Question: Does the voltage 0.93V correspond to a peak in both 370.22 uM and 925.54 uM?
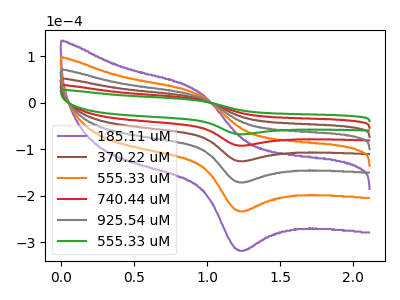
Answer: <think>The purple curve "185.11 uM" has an anodic peak at (0.95V, 39.15uA) and a cathodic peak at (1.20V, -457.20uA). The brown curve "370.22 uM" has an anodic peak at (0.95V, 15.65uA) and a cathodic peak at (1.20V, -182.90uA). The orange curve "555.33 uM" has an anodic peak at (0.95V, 31.30uA) and a cathodic peak at (1.20V, -365.75uA). The red curve "740.44 uM" has an anodic peak at (0.95V, 7.85uA) and a cathodic peak at (1.20V, -91.45uA). The gray curve "925.54 uM" has an anodic peak at (0.95V, 23.50uA) and a cathodic peak at (1.20V, -274.30uA). The green curve "555.33 uM" has an anodic peak at (0.95V, 5.75uA) and a cathodic peak at (1.20V, -67.05uA).</think>
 <answer>Yes, "370.22 uM" and "925.54 uM" share a peak at 0.93V.</answer>
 <eval>match</eval>